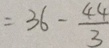
= 3 6 - \frac { 4 4 } { 3 }